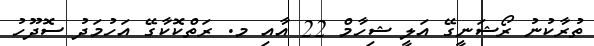
ތުރާކުނު ރޯޝަނީގޭ އަލީ ޝިހާމް 22 އާއި މ. ރަތްކޮކާގޭ އަހުމަދު ސޮދޫހު